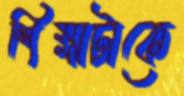
শিক্ষাটাকে